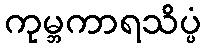
ကုမ္ဘကာရသိပ္ပံ